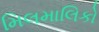
મિલમાલિકો